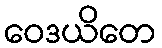
ဝေဒယိတေ